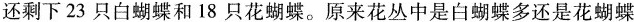
还剩下23只白蝴蝶和18只花蝴蝶。原来花丛中是白蝴蝶多还是花蝴蝶